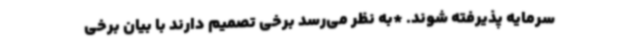
سرمایه پذیرفته شوند. *به نظر می‌رسد برخی تصمیم دارند با بیان برخی